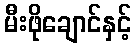
မီးဖိုချောင်နှင့်